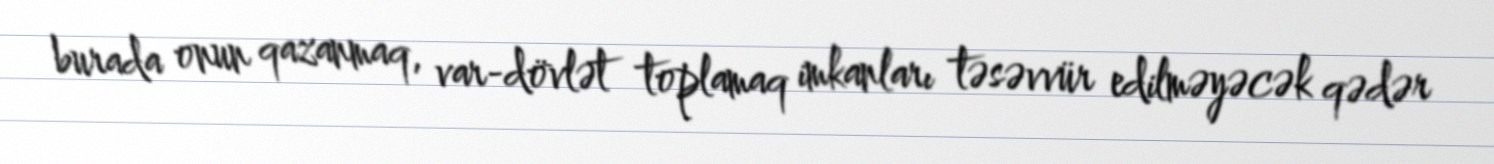
burada onun qazanmaq, var-dövlət toplamaq imkanları təsəvvür edilməyəcək qədər